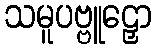
သမူပဗ္ဗူဠှော